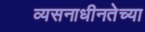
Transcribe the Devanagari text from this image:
व्यसनाधीनतेच्या